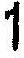
1